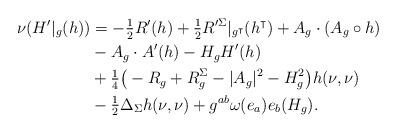
LaTeX: \begin{align*}\nu (H'|_g(h))& = - \tfrac{1}{2} R'(h) + \tfrac{1}{2} R'^\Sigma|_{g^\intercal} (h^\intercal) + A_g \cdot (A_g \circ h) \\&- A_g \cdot A'(h) -H_g H'(h) \\&+ \tfrac{1}{4}\big( - R_g +R^\Sigma_g - |A_g|^2 - H_{g}^2\big)h(\nu, \nu)\\&- \tfrac{1}{2}\Delta_\Sigma h(\nu, \nu) + g^{ab} \omega (e_a) e_b(H_g).\end{align*}